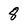
Character: 8